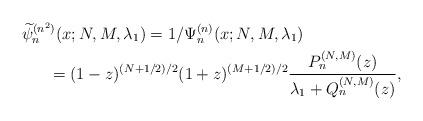
LaTeX: \begin{gather*} \widetilde{\psi }_{n}^{( n^{2}) }(x;N,M,\lambda _{1}) =1/\Psi _{n}^{(n) }(x;N,M,\lambda _{1}) \\\hphantom{\widetilde{\psi }_{n}^{( n^{2}) }(x;N,M,\lambda _{1})}{}=(1-z) ^{( N+1/2) /2}(1+z) ^{(M+1/2) /2}\frac{P_{n}^{(N,M) }(z) }{\lambda _{1}+Q_{n}^{(N,M) }(z) },\end{gather*}